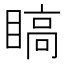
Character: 𬑣